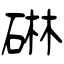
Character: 碄